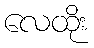
လေထိုး